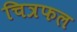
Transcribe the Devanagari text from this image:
चित्रफल